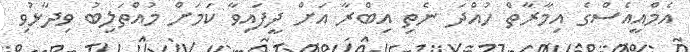
އެމްއީއެސްގެ އިމާރާތް ހުއްދަ ނެތި އިބްރާ އަށް ދީފައިވާ ކަމަށް މުއްތަލިބު ވިދާޅުވި